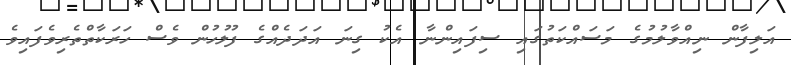
އަލިފާން ނިއްވާލުމުގެ މަސައްކަތުގައި ސިފައިންނާ އެކު ގިނަ އަދަދެެއްގެ ފުލުހުން ވެސް ހަރަކާތްތެރިވެފައިވެ